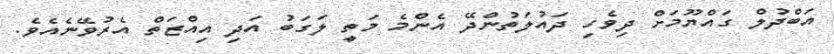
އަބްދުލް ގައްޔޫމަށް ދިވެހި ދައުލަތުންދޭ އެންމެ މަތީ ލަގަބު އަދި އިއްޒަތް އެރުވޭނެއެވެ.